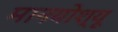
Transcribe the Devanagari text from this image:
मानयोश्यू